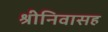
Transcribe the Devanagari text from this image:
श्रीनिवासह